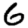
Digit: 6